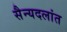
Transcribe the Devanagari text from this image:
सैन्यदलांत